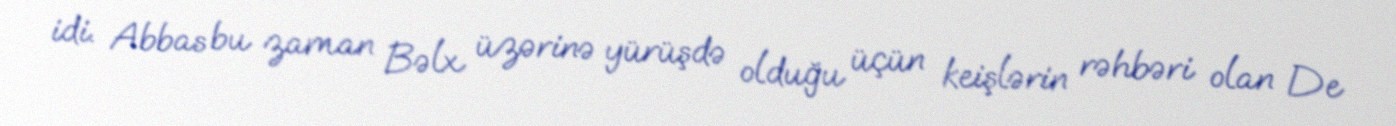
idi. Abbas bu zaman Bəlx üzərinə yürüşdə olduğu üçün keişlərin rəhbəri olan De